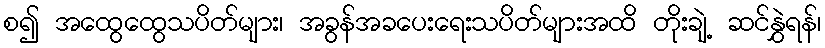
စ၍ အထွေထွေသပိတ်များ၊ အခွန်အခပေးရေးသပိတ်များအထိ တိုးချဲ့ ဆင်နွှဲရန်၊